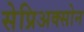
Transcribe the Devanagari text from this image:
सेप्रिअक्सोन